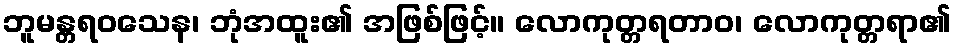
ဘူမန္တရဝသေန၊ ဘုံအထူး၏ အဖြစ်ဖြင့်။ လောကုတ္တရတာဝ၊ လောကုတ္တရာ၏